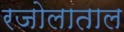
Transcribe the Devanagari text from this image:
रजोलाताल